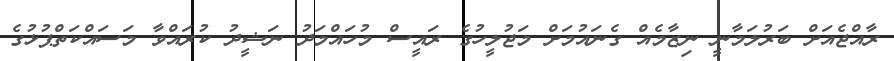
ރާއްޖެއަށް ބަރުލަމާނީ ނިޒާމެއް ގެނައުމަށް މަޖުލީހުގެ ރައީސް މުހައްމަދު ނަޝީދު ކުރައްވާ މަސައްކަތްޕުޅުގެ